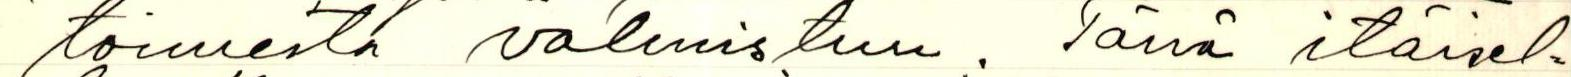
toimesta valmistuu. Tämä itäisel-